Report of an investigation into the causes of malaria in Bombay and the measures necessary for its control
Disease focus: Malaria
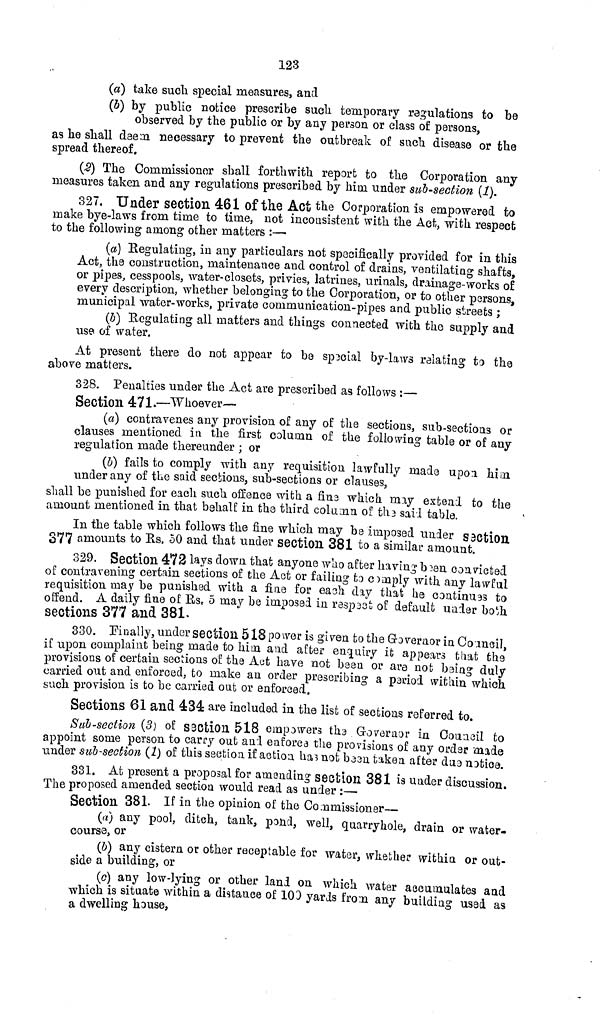
123
(a) take such special measures, and
(b) by public notice prescribe such temporary regulations to be
observed by the public or by any person or class of persons,
as he shall deem necessary to prevent the outbreak of such disease or the
spread thereof.
(2) The Commissioner shall forthwith report to the Corporation any
measures taken and any regulations prescribed by him under sub-section (1).
327. Under section 461 of the Act the Corporation is empowered to
make bye-laws from time to time, not inconsistent with the Act, with respect
to the following among other matters :—
(a) Regulating, in any particulars not specifically provided for in this
Act, the construction, maintenance and control of drains, ventilating shafts,
or pipes, cesspools, water-closets, privies, latrines, urinals, drainage-works of
every description, whether belonging to the Corporation, or to other persons,
municipal water-works, private communication-pipes and public streets ;
(b) Regulating all matters and things connected with the supply and
use of water.
At present there do not appear to be sp3cial by-laws relating to the
above matters.
328. Penalties under the Act are prescribed as follows :—
Section 471.—Whoever—
(a) contravenes any provision of any of the sections, sub-sections or
clauses mentioned in the first column of the following table or of any
regulation made thereunder ; or
(b) fails to comply with any requisition lawfully made upon him
under any of the said sections, sub-sections or clauses,
shall be punished for each such offence with a fins which may extend to the
amount mentioned in that behalf in the third column of the sail table.
In the table which follows the fine which may be imposed under section
377 amounts to Us, 50 and that under section 381 to a similar amount.
329. Section 472 lays down that anyone who after having been convicted
of contravening certain sections of the Act or failing to comply with any lawful
requisition may be punished with a fine for each day that he continues to
offend. A daily fine of Rs. 5 may be imposed in respect of default under both
sections 377 and 381.
330. Finally, under section 518 power is given to the Governor in Council,
if upon complaint being made to him and after enquiry it appears that the
provisions of certain sections of the Act have not been or are not being duly
carried out and enforced, to make an order prescribing a period within which
such, provision is to be carried out or enforced.
Sections 61 and 434 are included in the list of sections referred to.
Sub-section (3) of section 518 empowers the Governor in Council to
appoint some person to carry out and enforce the provisions of any order made
under sub-section (1) of this section if action has not been taken after due notice.
331. At present a proposal for amending section 381 is under discussion.
The proposed amended section would read as under :—
Section 381. If in the opinion of the Commissioner—
(a) any pool, ditch, tank, pond, well, quarryhole, drain or water-
course, or
(6) any cistern or other receptable for water, whether within or out-
side a building, or
(c) any low-lying or other land on which water accumulates and
which is situate within a distance of 103 yards from any building used as
a dwelling house,